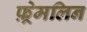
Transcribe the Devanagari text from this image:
फ़्रेमलिन